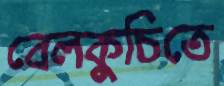
বেলকুচিতে